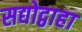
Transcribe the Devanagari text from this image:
सद्योद्वाहा